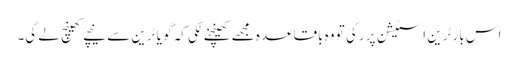
اس بار ٹرین اسٹیشن پر رکی تو وہ باقاعدہ مجھے کھینچنے لگی کہ گو یا ٹرین سے نیچے کھینچ لے گی۔